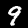
Label: 9